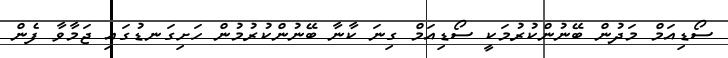
ސޯޑިއަމް މަދުން ބޭނުންކުރުމަކީ ސޯޑިއަމް ގިނަ ކާނާ ބޭނުންކުރުމުން ހަށިގަނޑުގައި ޖަމާވާ ފެން